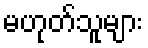
မဟုတ်သူများ